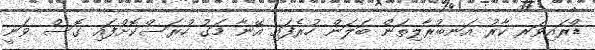
ޑްރައިވަރ ކާރު އަނބުރާލިތަން ބަލަން ހުރެފައި އޭނާ މަގު ހުރަސްކޮށްފައި ގޮސް ވަނީ